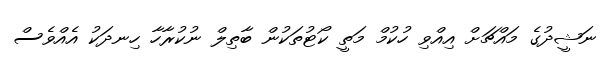
ނަޝީދުގެ މައްޗަށް އިއްވި ހުކުމް މަތީ ކޯޓުތަކުން ބާތިލް ނުކުރާހާ ހިނދަކު އެއްވެސް